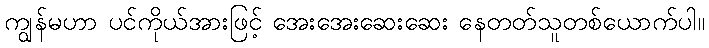
ကျွန်မဟာ ပင်ကိုယ်အားဖြင့် အေးအေးဆေးဆေး နေတတ်သူတစ်ယောက်ပါ။